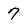
Character: 7